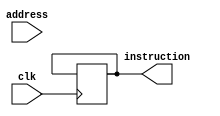
`timescale 1ns / 1ps
//////////////////////////////////////////////////////////////////////////////////
// Company: 
// Engineer: 
// 
// Design Name: 
// Module Name:    instruction_mem 
// Project Name: 
// Target Devices: 
// Tool versions: 
// Description: 
//
// Dependencies: 
//
// Revision: 
// Revision 0.01 - File Created
// Additional Comments: 
//
//////////////////////////////////////////////////////////////////////////////////
module instruction_mem(clk,address,instruction);

input clk;
input [31:0]address;
output reg [127:0]instruction;

reg [31:0] mem[1023:0];
reg [2:0] counter;

integer i;//,counter;
initial
	begin
	counter=0;
	for(i=0;i<1024;i=i+1)
		begin
			mem[i]=i;
		end
end
		
always @(address<<28)
	begin 
	counter=0;
	end

always @(posedge clk)
	begin
	if(counter==4)
		begin 
		instruction={mem[(address >> 2)],mem[((address >> 2))+1],mem[((address >> 2))+2],mem[((address >> 2))+3]};
		counter=0;
		end
//	else		
	//	begin 
		counter=counter+1;	
		//end
	end	 
//$display("instruction=%d",instruction);
endmodule